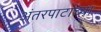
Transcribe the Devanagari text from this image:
अंतरपाटाच्या